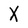
Character: x